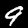
Label: 9